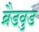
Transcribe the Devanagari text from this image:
ब्रैडवुड